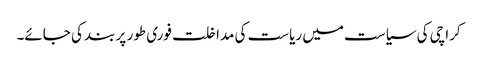
کراچی کی سیاست میں ریاست کی مداخلت فوری طور پر بند کی جائے۔